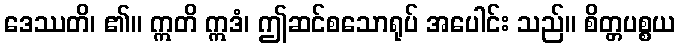
ဒေဿတိ၊ ၏။ ဣတိ ဣဒံ၊ ဤဆင်စသောရုပ် အပေါင်း သည်။ စိတ္တပစ္စယ